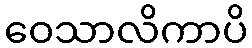
ဝေသာလိကာပိ